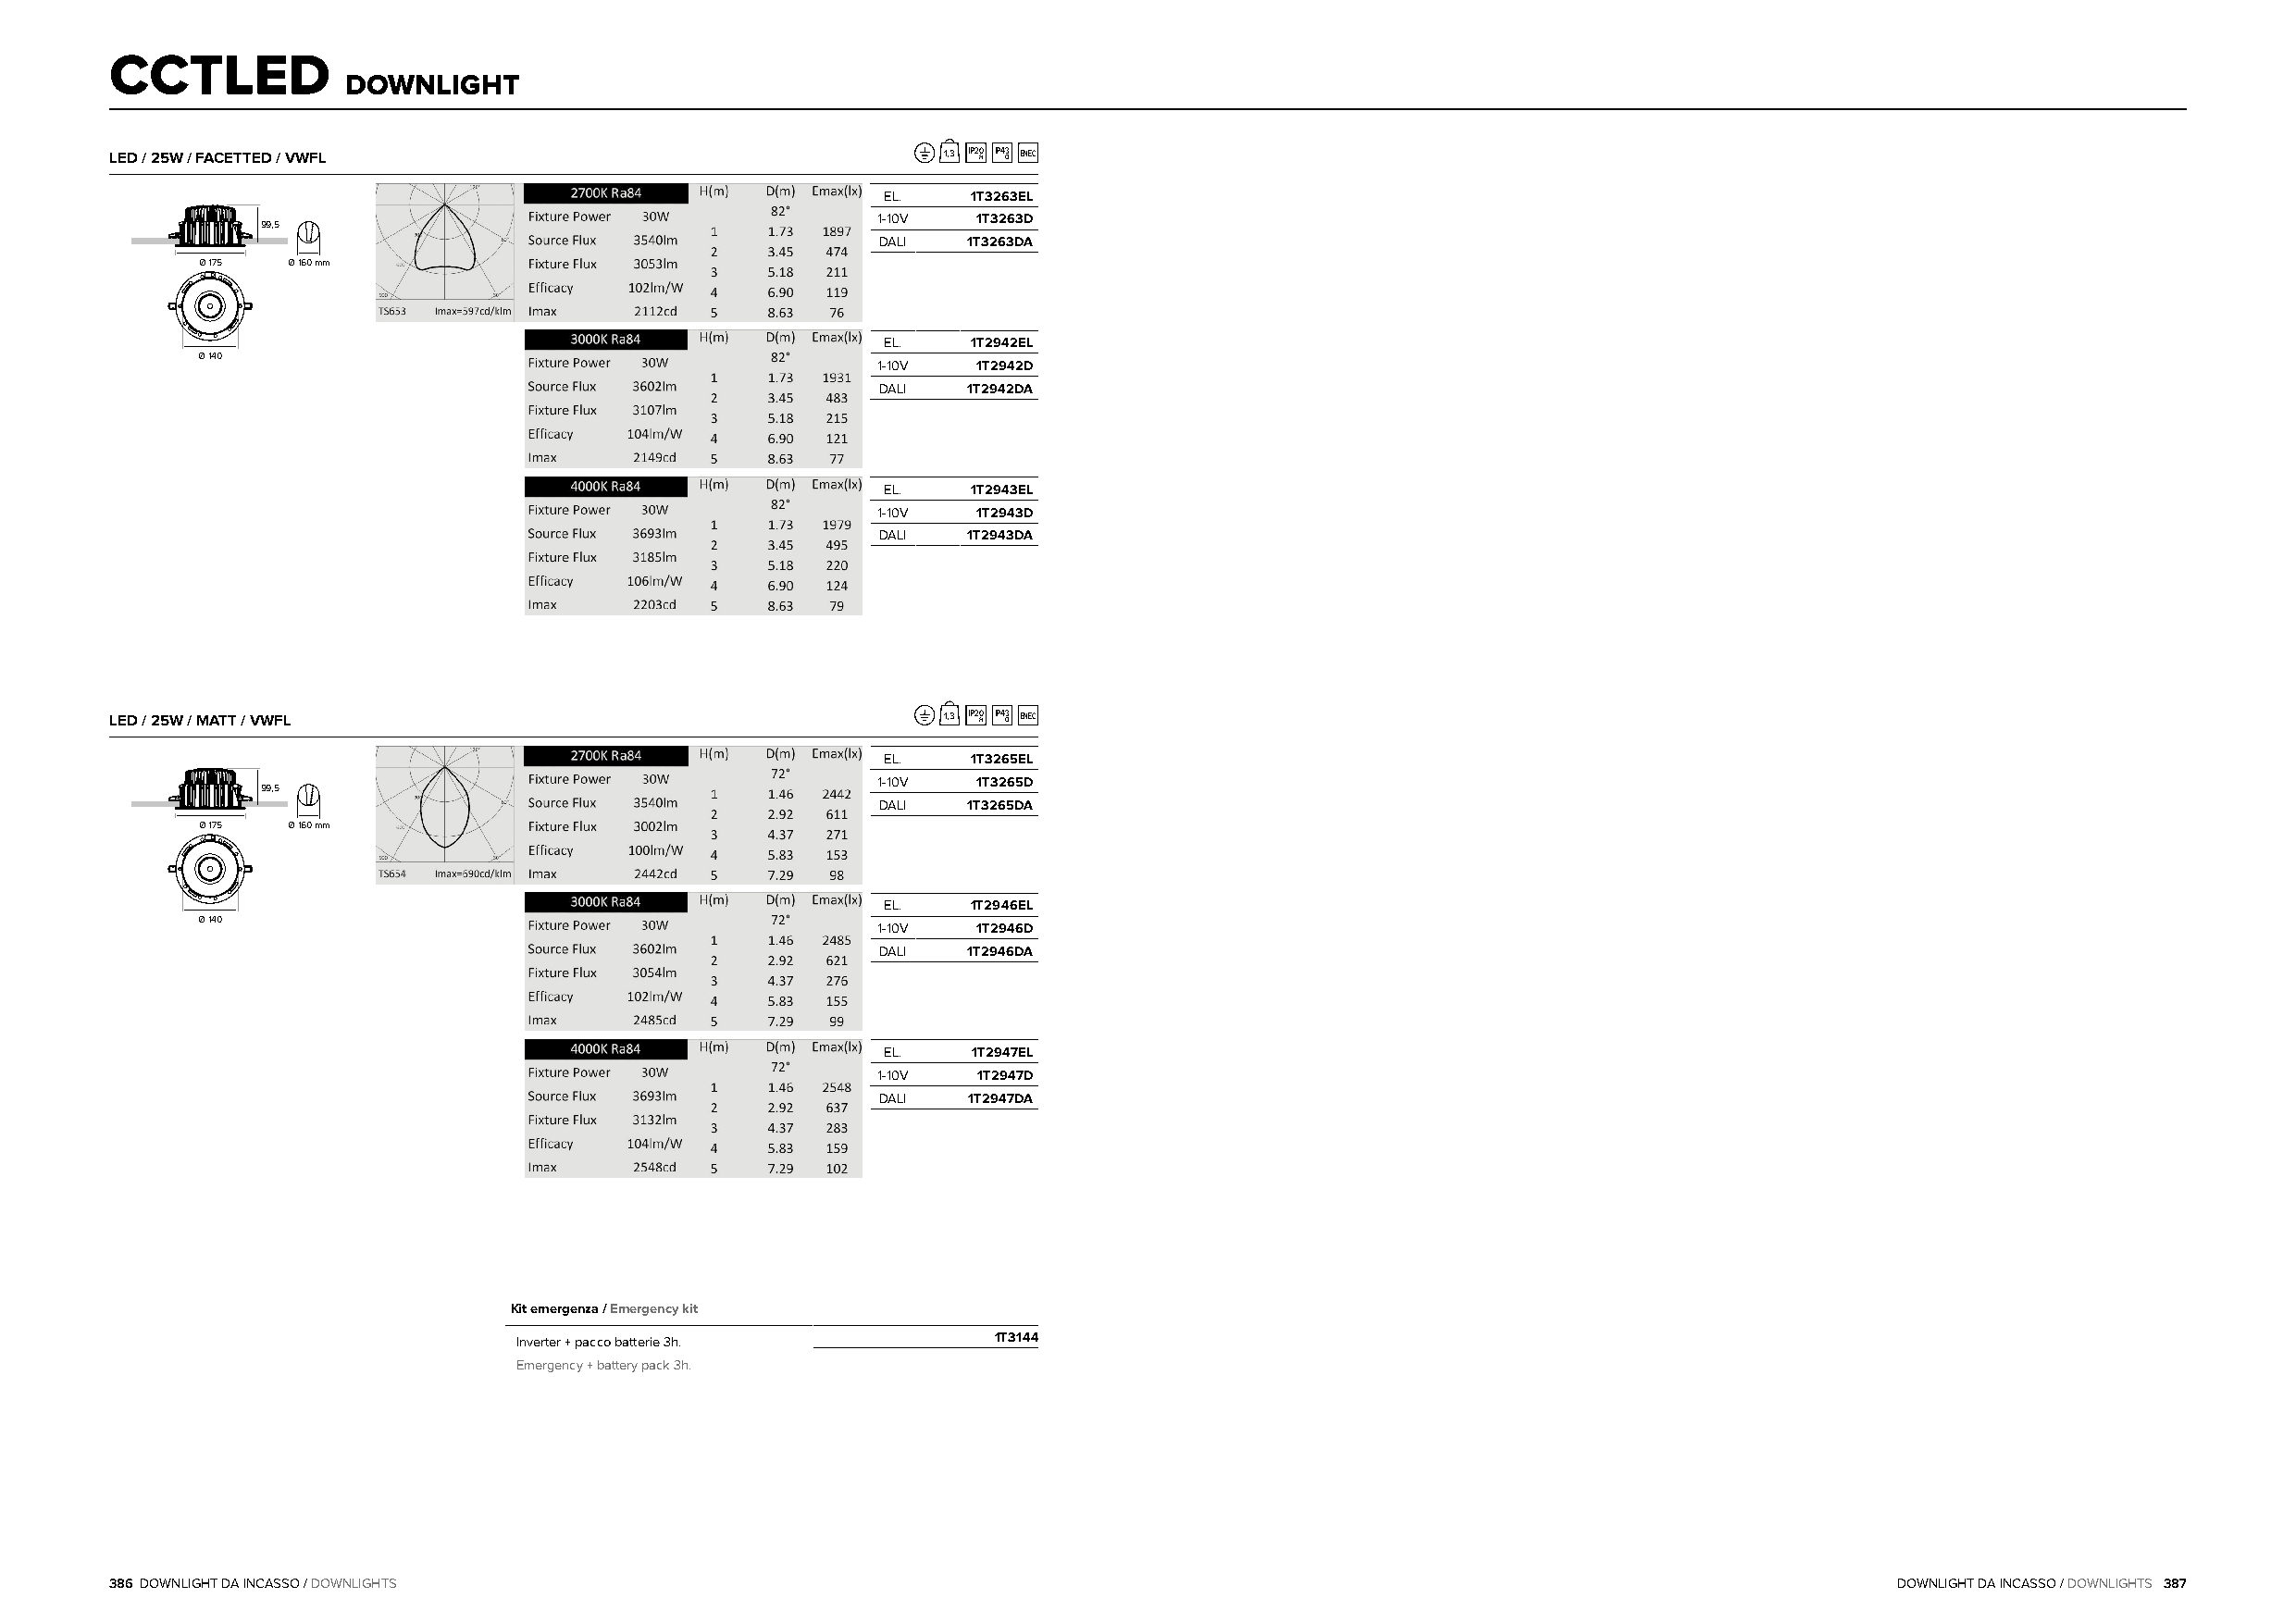
CCTLED
 DOWNLIGHT
 LED / 25W / FACETTED / VWFL                                1,3 IP20 H IP43 O ENEC
 EL.   1T3263EL
 1-10V  1T3263D
 99,5
 DALI  1T3263DA
 Ø 175  Ø 160 mm
 EL.   1T2942EL
 Ø 140
 1-10V  1T2942D
 DALI  1T2942DA
 EL.   1T2943EL
 1-10V  1T2943D
 DALI  1T2943DA
 LED / 25W / MATT / VWFL                                    1,3 IP20 H IP43 O ENEC
 EL.   1T3265EL
 1-10V  1T3265D
 99,5
 DALI  1T3265DA
 Ø 175  Ø 160 mm
 EL.   1T2946EL
 Ø 140
 1-10V  1T2946D
 DALI  1T2946DA
 EL.    1T2947EL
 1-10V  1T2947D
 DALI  1T2947DA
 Kit emergenza / Emergency kit
 Inverter + pacco batterie 3h.     1T3144
 Emergency + battery pack 3h.
 386 DOWNLIGHT DA INCASSO / DOWNLIGHTS                                                                                           DOWNLIGHT DA INCASSO / DOWNLIGHTS 387